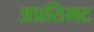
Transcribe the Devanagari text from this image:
अप्रतिभट